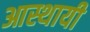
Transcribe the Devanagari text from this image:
आस्थायी